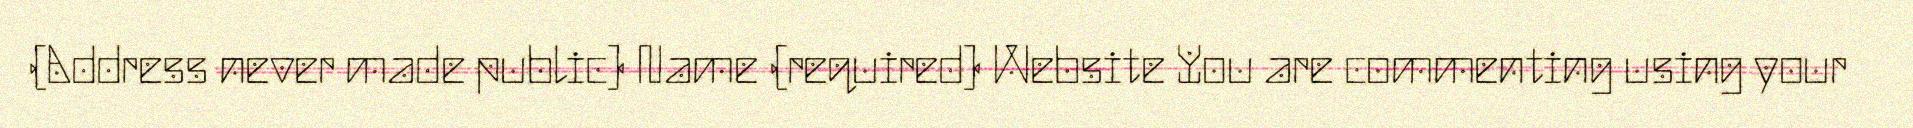
(Address never made public) Name (required) Website You are commenting using your